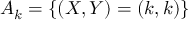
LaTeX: A _ { k } = \{ ( X , Y ) = ( k , k ) \}